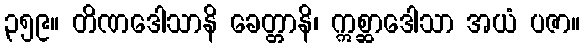
၃၅၉။ တိဏဒေါသာနိ ခေတ္တာနိ၊ ဣစ္ဆာဒေါသာ အယံ ပဇာ။